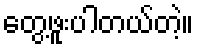
တွေ့ဖူးပါတယ်တဲ့။